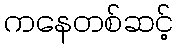
ကနေတစ်ဆင့်